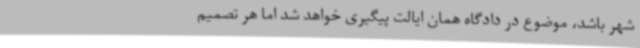
شهر باشد، موضوع در دادگاه همان ایالت پیگیری خواهد شد اما هر تصمیم